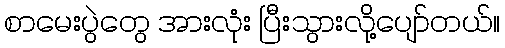
စာမေးပွဲတွေ အားလုံး ပြီးသွားလို့ပျော်တယ်။